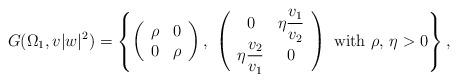
LaTeX: \begin{align*}G(\Omega_1,v|w|^2)=\left\{\left(\begin{array}{cc}\rho & 0\\0 & \rho\end{array}\right),\,\,\left(\begin{array}{cc}0 & \displaystyle\eta\frac{v_1}{v_2}\\\displaystyle\eta\frac{v_2}{v_1} & 0\end{array}\right)\,\,\hbox{with}\,\,\rho,\,\eta>0\right\},\end{align*}